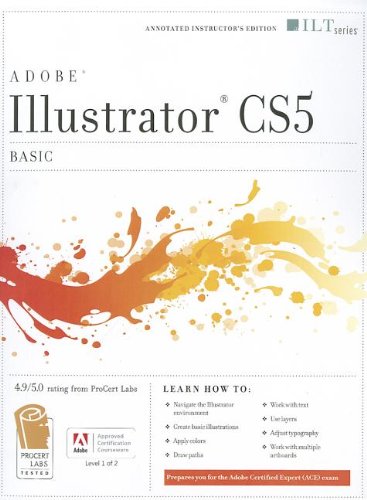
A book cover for Illustrator CS5 Instructor's Guide: Basic: Ace Edition (Ilt); Computers & Technology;